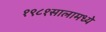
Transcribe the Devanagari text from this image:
१९८१सालामध्ये